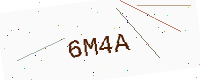
Text: 6M4A